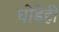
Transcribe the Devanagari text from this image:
घोडेही